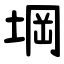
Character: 堈